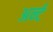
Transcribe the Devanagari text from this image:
अर्न्ट